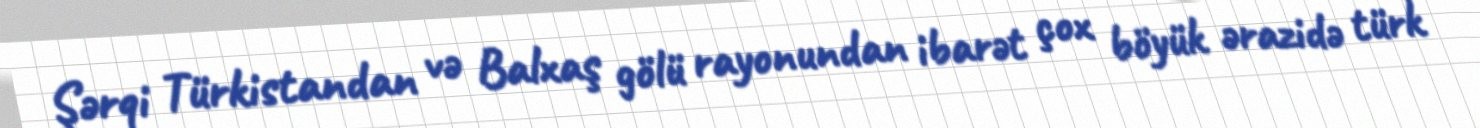
Şərqi Türkistandan və Balxaş gölü rayonundan ibarət çox böyük ərazidə türk